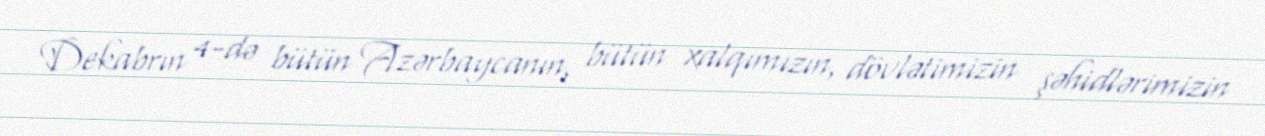
Dekabrın 4-də bütün Azərbaycanın, bütün xalqımızın, dövlətimizin şəhidlərimizin